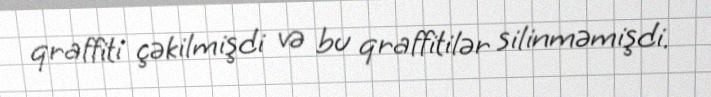
qraffiti çəkilmişdi və bu qraffitilər silinməmişdi.